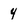
Character: 4